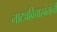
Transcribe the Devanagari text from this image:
नाट्यविचारवंतांनी